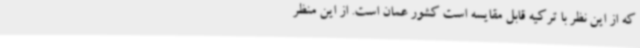
که از این نظر با ترکیه قابل مقایسه است کشور عمان است. از این منظر